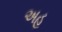
અહ